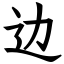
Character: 边